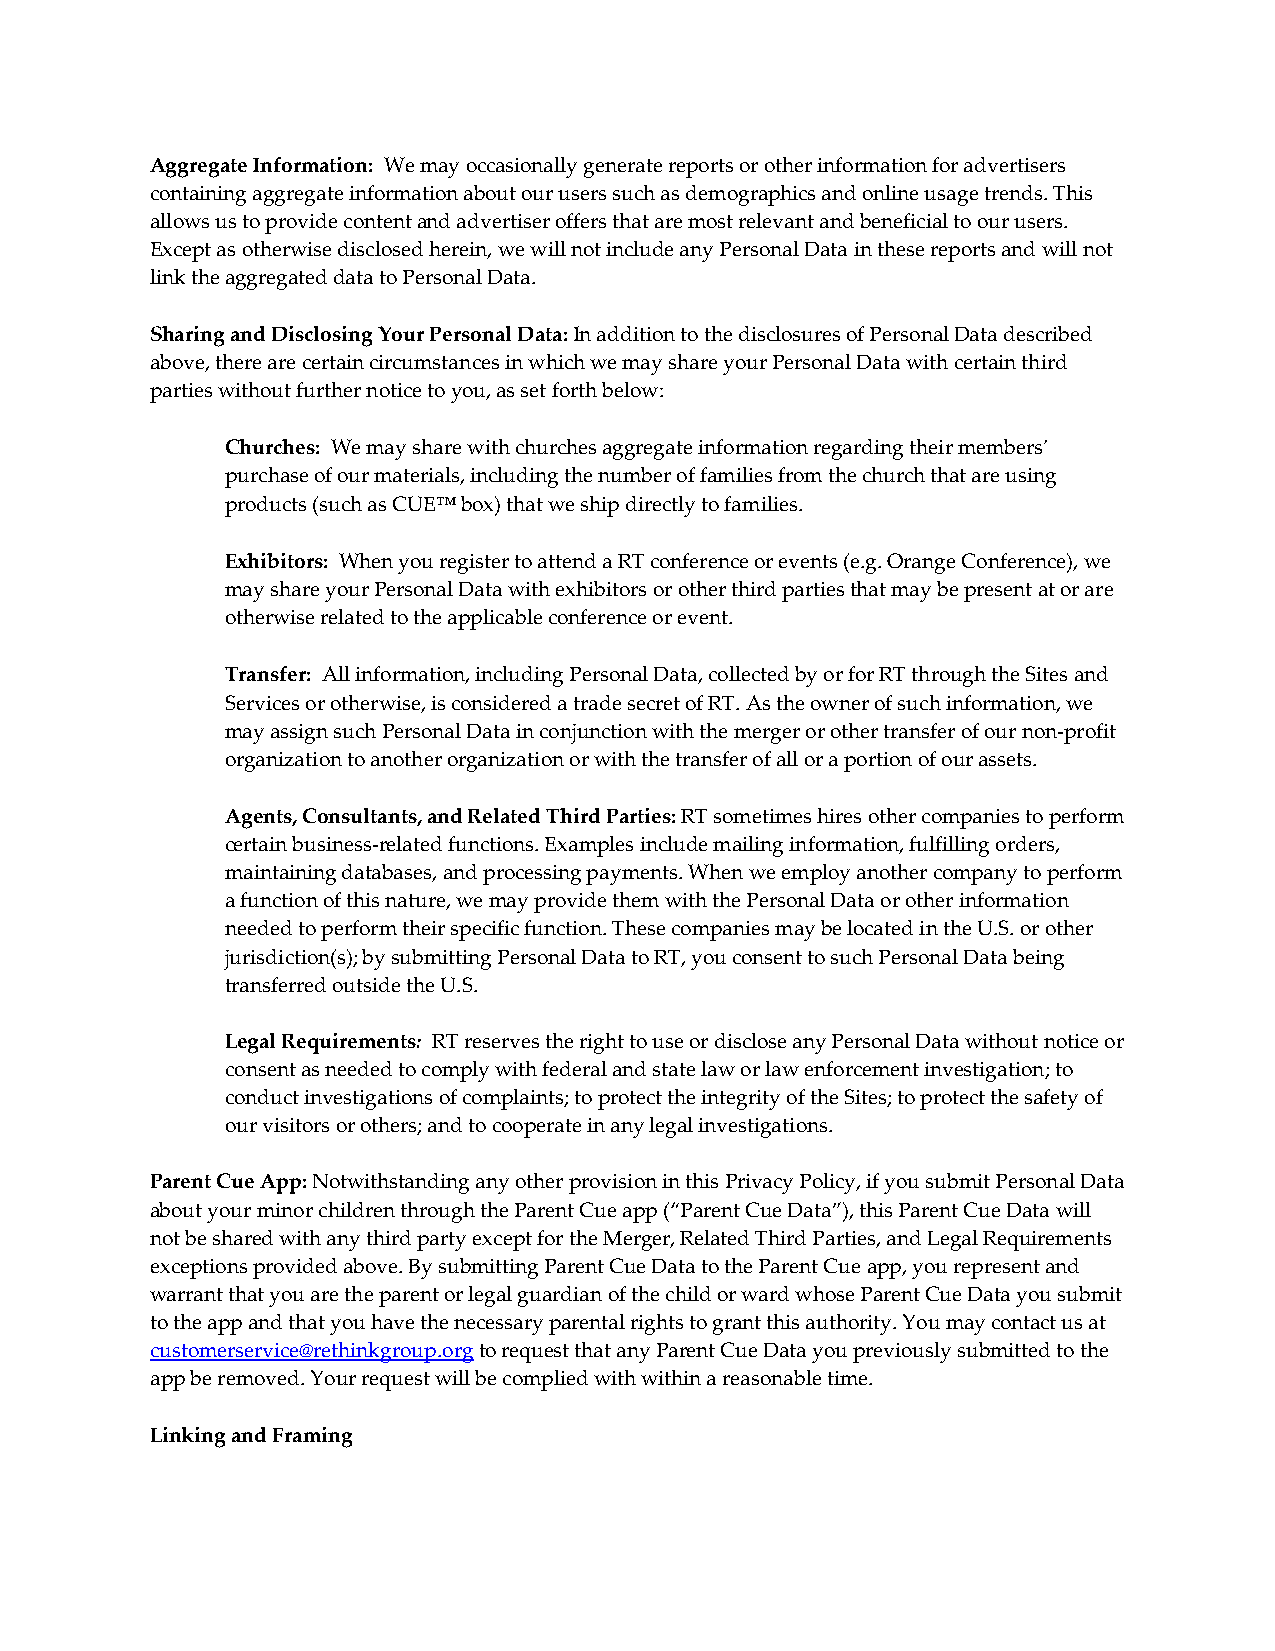
Aggregate Information: We may occasionally generate reports or other information for advertisers
 containing aggregate information about our users such as demographics and online usage trends. This
 allows us to provide content and advertiser offers that are most relevant and beneficial to our users.
 Except as otherwise disclosed herein, we will not include any Personal Data in these reports and will not
 link the aggregated data to Personal Data.
 Sharing and Disclosing Your Personal Data: In addition to the disclosures of Personal Data described
 above, there are certain circumstances in which we may share your Personal Data with certain third
 parties without further notice to you, as set forth below:
 Churches: We may share with churches aggregate information regarding their members’
 purchase of our materials, including the number of families from the church that are using
 products (such as CUE™ box) that we ship directly to families.
 Exhibitors: When you register to attend a RT conference or events (e.g. Orange Conference), we
 may share your Personal Data with exhibitors or other third parties that may be present at or are
 otherwise related to the applicable conference or event.
 Transfer: All information, including Personal Data, collected by or for RT through the Sites and
 Services or otherwise, is considered a trade secret of RT. As the owner of such information, we
 may assign such Personal Data in conjunction with the merger or other transfer of our non-profit
 organization to another organization or with the transfer of all or a portion of our assets.
 Agents, Consultants, and Related Third Parties: RT sometimes hires other companies to perform
 certain business-related functions. Examples include mailing information, fulfilling orders,
 maintaining databases, and processing payments. When we employ another company to perform
 a function of this nature, we may provide them with the Personal Data or other information
 needed to perform their specific function. These companies may be located in the U.S. or other
 jurisdiction(s); by submitting Personal Data to RT, you consent to such Personal Data being
 transferred outside the U.S.
 Legal Requirements: RT reserves the right to use or disclose any Personal Data without notice or
 consent as needed to comply with federal and state law or law enforcement investigation; to
 conduct investigations of complaints; to protect the integrity of the Sites; to protect the safety of
 our visitors or others; and to cooperate in any legal investigations.
 Parent Cue App: Notwithstanding any other provision in this Privacy Policy, if you submit Personal Data
 about your minor children through the Parent Cue app (“Parent Cue Data”), this Parent Cue Data will
 not be shared with any third party except for the Merger, Related Third Parties, and Legal Requirements
 exceptions provided above. By submitting Parent Cue Data to the Parent Cue app, you represent and
 warrant that you are the parent or legal guardian of the child or ward whose Parent Cue Data you submit
 to the app and that you have the necessary parental rights to grant this authority. You may contact us at
 customerservice@rethinkgroup.org to request that any Parent Cue Data you previously submitted to the
 app be removed. Your request will be complied with within a reasonable time.
 Linking and Framing